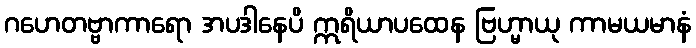
ဂဟေတဗ္ဗာကာရော အပဒါနေပိ ဣရိယာပထေန ဗြဟ္မာယု ကာမယမာနံ